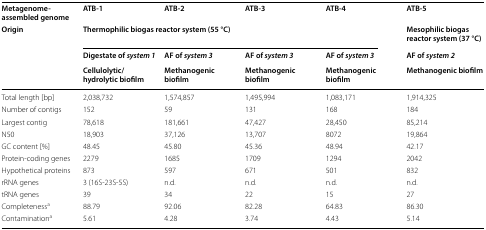
<table><thead><tr><td><b>Metagenome-assembled genome</b></td><td><b>ATB-1</b></td><td><b>ATB-2</b></td><td><b>ATB-3</b></td><td><b>ATB-4</b></td><td><b>ATB-5</b></td></tr><tr><td rowspan="3"><b>Origin</b></td><td colspan="4"><b>Thermophilic biogas reactor system (55 °C)</b></td><td><b>Mesophilic biogas reactor system (37 °C)</b></td></tr><tr><td><b>Digestate of <i>system 1</i></b></td><td><b>AF of <i>system 3</i></b></td><td><b>AF of <i>system 3</i></b></td><td><b>AF of <i>system 3</i></b></td><td><b>AF of <i>system 2</i></b></td></tr><tr><td><b>Cellulolytic/hydrolytic biofilm</b></td><td><b>Methanogenic biofilm</b></td><td><b>Methanogenic biofilm</b></td><td><b>Methanogenic biofilm</b></td><td><b>Methanogenic biofilm</b></td></tr></thead><tbody><tr><td>Total length [bp]</td><td>2,038,732</td><td>1,574,857</td><td>1,495,994</td><td>1,083,171</td><td>1,914,325</td></tr><tr><td>Number of contigs</td><td>152</td><td>59</td><td>131</td><td>168</td><td>184</td></tr><tr><td>Largest contig</td><td>78,618</td><td>181,661</td><td>47,427</td><td>28,450</td><td>85,214</td></tr><tr><td>N50</td><td>18,903</td><td>37,126</td><td>13,707</td><td>8072</td><td>19,864</td></tr><tr><td>GC content [%]</td><td>48.45</td><td>45.80</td><td>45.36</td><td>48.94</td><td>42.17</td></tr><tr><td>Protein-coding genes</td><td>2279</td><td>1685</td><td>1709</td><td>1294</td><td>2042</td></tr><tr><td>Hypothetical proteins</td><td>873</td><td>597</td><td>671</td><td>501</td><td>832</td></tr><tr><td>rRNA genes</td><td>3 (16S-23S-5S)</td><td>n.d.</td><td>n.d.</td><td>n.d.</td><td>n.d.</td></tr><tr><td>tRNA genes</td><td>39</td><td>34</td><td>22</td><td>15</td><td>27</td></tr><tr><td>Completeness<sup>a</sup></td><td>88.79</td><td>92.06</td><td>82.28</td><td>64.83</td><td>86.30</td></tr><tr><td>Contamination<sup>a</sup></td><td>5.61</td><td>4.28</td><td>3.74</td><td>4.43</td><td>5.14</td></tr></tbody></table>